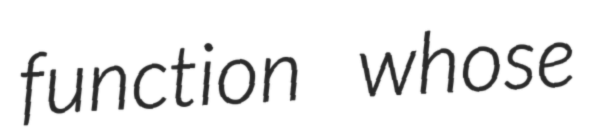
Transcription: function whose